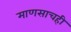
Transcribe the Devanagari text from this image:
माणसाचही